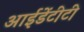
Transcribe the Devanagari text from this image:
आईडेंटीटी